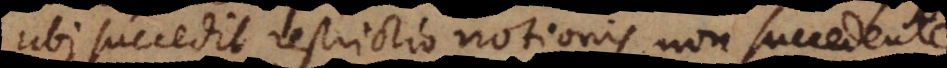
ubi succedit restrictio notionis non succedente